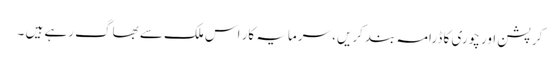
کرپشن اور چوری کا ڈرامہ بند کریں، سرمایہ کار اس ملک سے بھاگ رہے ہیں ۔